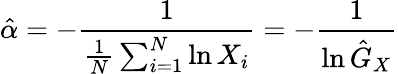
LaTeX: {\hat{\alpha}}=-{\frac{1}{{\frac{1}{N}}\sum_{i=1}^{N}\ln X_{i}}}=-{\frac{1}{\ln{\hat{G}}_{X}}}